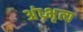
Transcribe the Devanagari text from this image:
अंध्र्भृत्य